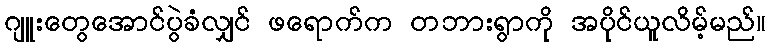
ဂျူးတွေအောင်ပွဲခံလျှင် ဖရောက်က တဘားရွာကို အပိုင်ယူလိမ့်မည်။